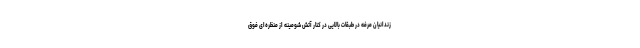
زندانیان مرفه در طبقات بالایی در کنار آتش شومینه از منظره‌ای فوق‌